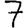
Digit: 7